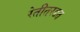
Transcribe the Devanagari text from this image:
रेतीतरडत